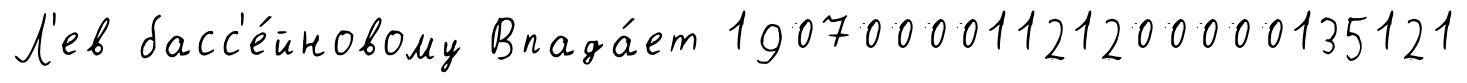
Л'ев басс'е́йновому Впада́ет 190700001121200000135121